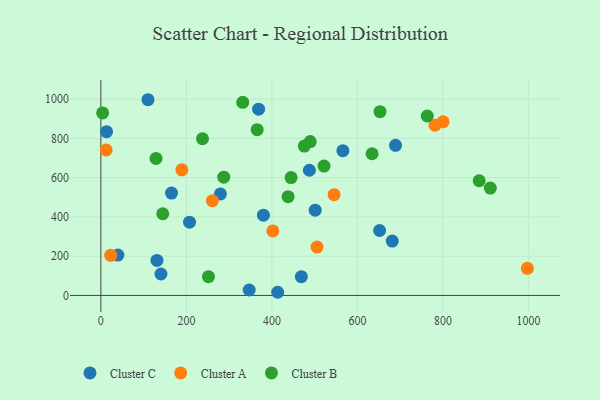
{"axis": {"x": "Speed", "y": "Rating"}, "legend": ["Cluster A", "Cluster B", "Cluster C"], "data": [{"x": "110.2", "y": 997.0, "type": "Cluster C"}, {"x": "681.5", "y": 277.1, "type": "Cluster C"}, {"x": "140.5", "y": 109.2, "type": "Cluster C"}, {"x": "468.9", "y": 95.8, "type": "Cluster C"}, {"x": "279.6", "y": 516.9, "type": "Cluster C"}, {"x": "346.9", "y": 27.8, "type": "Cluster C"}, {"x": "689.2", "y": 764.5, "type": "Cluster C"}, {"x": "207.4", "y": 373.2, "type": "Cluster C"}, {"x": "566.1", "y": 737.5, "type": "Cluster C"}, {"x": "413.6", "y": 16.1, "type": "Cluster C"}, {"x": "487.7", "y": 637.8, "type": "Cluster C"}, {"x": "165.2", "y": 521.7, "type": "Cluster C"}, {"x": "39.8", "y": 205.4, "type": "Cluster C"}, {"x": "652.0", "y": 330.8, "type": "Cluster C"}, {"x": "380.2", "y": 409.0, "type": "Cluster C"}, {"x": "501.3", "y": 434.3, "type": "Cluster C"}, {"x": "131.2", "y": 178.4, "type": "Cluster C"}, {"x": "13.2", "y": 834.0, "type": "Cluster C"}, {"x": "368.9", "y": 948.8, "type": "Cluster C"}, {"x": "22.9", "y": 204.5, "type": "Cluster A"}, {"x": "505.6", "y": 246.3, "type": "Cluster A"}, {"x": "402.2", "y": 328.7, "type": "Cluster A"}, {"x": "189.5", "y": 639.9, "type": "Cluster A"}, {"x": "800.5", "y": 884.8, "type": "Cluster A"}, {"x": "781.5", "y": 867.5, "type": "Cluster A"}, {"x": "545.5", "y": 513.2, "type": "Cluster A"}, {"x": "12.3", "y": 741.1, "type": "Cluster A"}, {"x": "997.6", "y": 138.0, "type": "Cluster A"}, {"x": "260.7", "y": 482.6, "type": "Cluster A"}, {"x": "144.7", "y": 416.2, "type": "Cluster B"}, {"x": "444.9", "y": 600.4, "type": "Cluster B"}, {"x": "884.9", "y": 584.2, "type": "Cluster B"}, {"x": "331.8", "y": 983.7, "type": "Cluster B"}, {"x": "437.9", "y": 502.9, "type": "Cluster B"}, {"x": "365.6", "y": 844.3, "type": "Cluster B"}, {"x": "287.4", "y": 602.5, "type": "Cluster B"}, {"x": "910.9", "y": 546.9, "type": "Cluster B"}, {"x": "634.4", "y": 721.7, "type": "Cluster B"}, {"x": "521.9", "y": 659.2, "type": "Cluster B"}, {"x": "489.7", "y": 783.9, "type": "Cluster B"}, {"x": "763.4", "y": 914.1, "type": "Cluster B"}, {"x": "475.9", "y": 761.1, "type": "Cluster B"}, {"x": "652.9", "y": 936.2, "type": "Cluster B"}, {"x": "251.7", "y": 95.7, "type": "Cluster B"}, {"x": "4.1", "y": 929.6, "type": "Cluster B"}, {"x": "237.7", "y": 798.2, "type": "Cluster B"}, {"x": "129.0", "y": 697.8, "type": "Cluster B"}]}